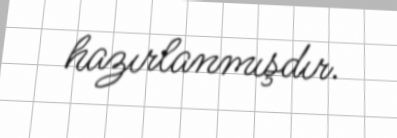
hazırlanmışdır.